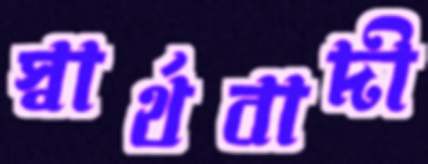
স্বার্থবাদী